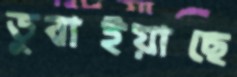
ডুবাইয়াছে